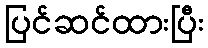
ပြင်ဆင်ထားပြီး